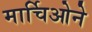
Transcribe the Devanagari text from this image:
मार्चिओने